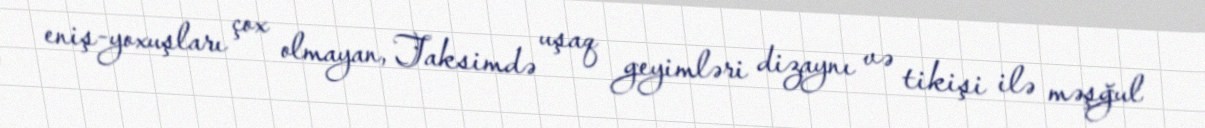
eniş-yoxuşları çox olmayan, Taksimdə uşaq geyimləri dizaynı və tikişi ilə məşğul